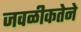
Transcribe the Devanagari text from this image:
जवळीकतेने